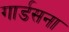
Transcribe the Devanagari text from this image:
गार्डसना